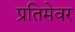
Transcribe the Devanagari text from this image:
प्रतिमेवर